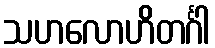
သဟလောဟိတင်္ဂါ